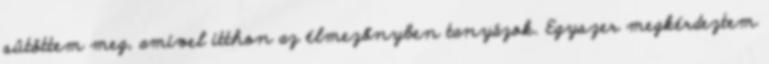
sütöttem meg, amivel itthon az élmezőnyben tanyázok. Egyszer megkérdeztem